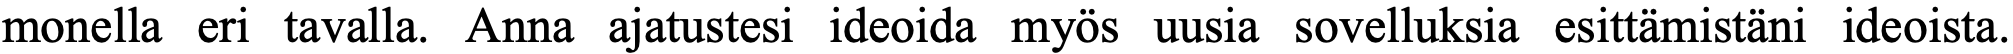
monella eri tavalla. Anna ajatustesi ideoida myös uusia sovelluksia esittämistäni ideoista.